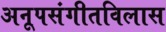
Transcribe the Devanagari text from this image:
अनूपसंगीतविलास